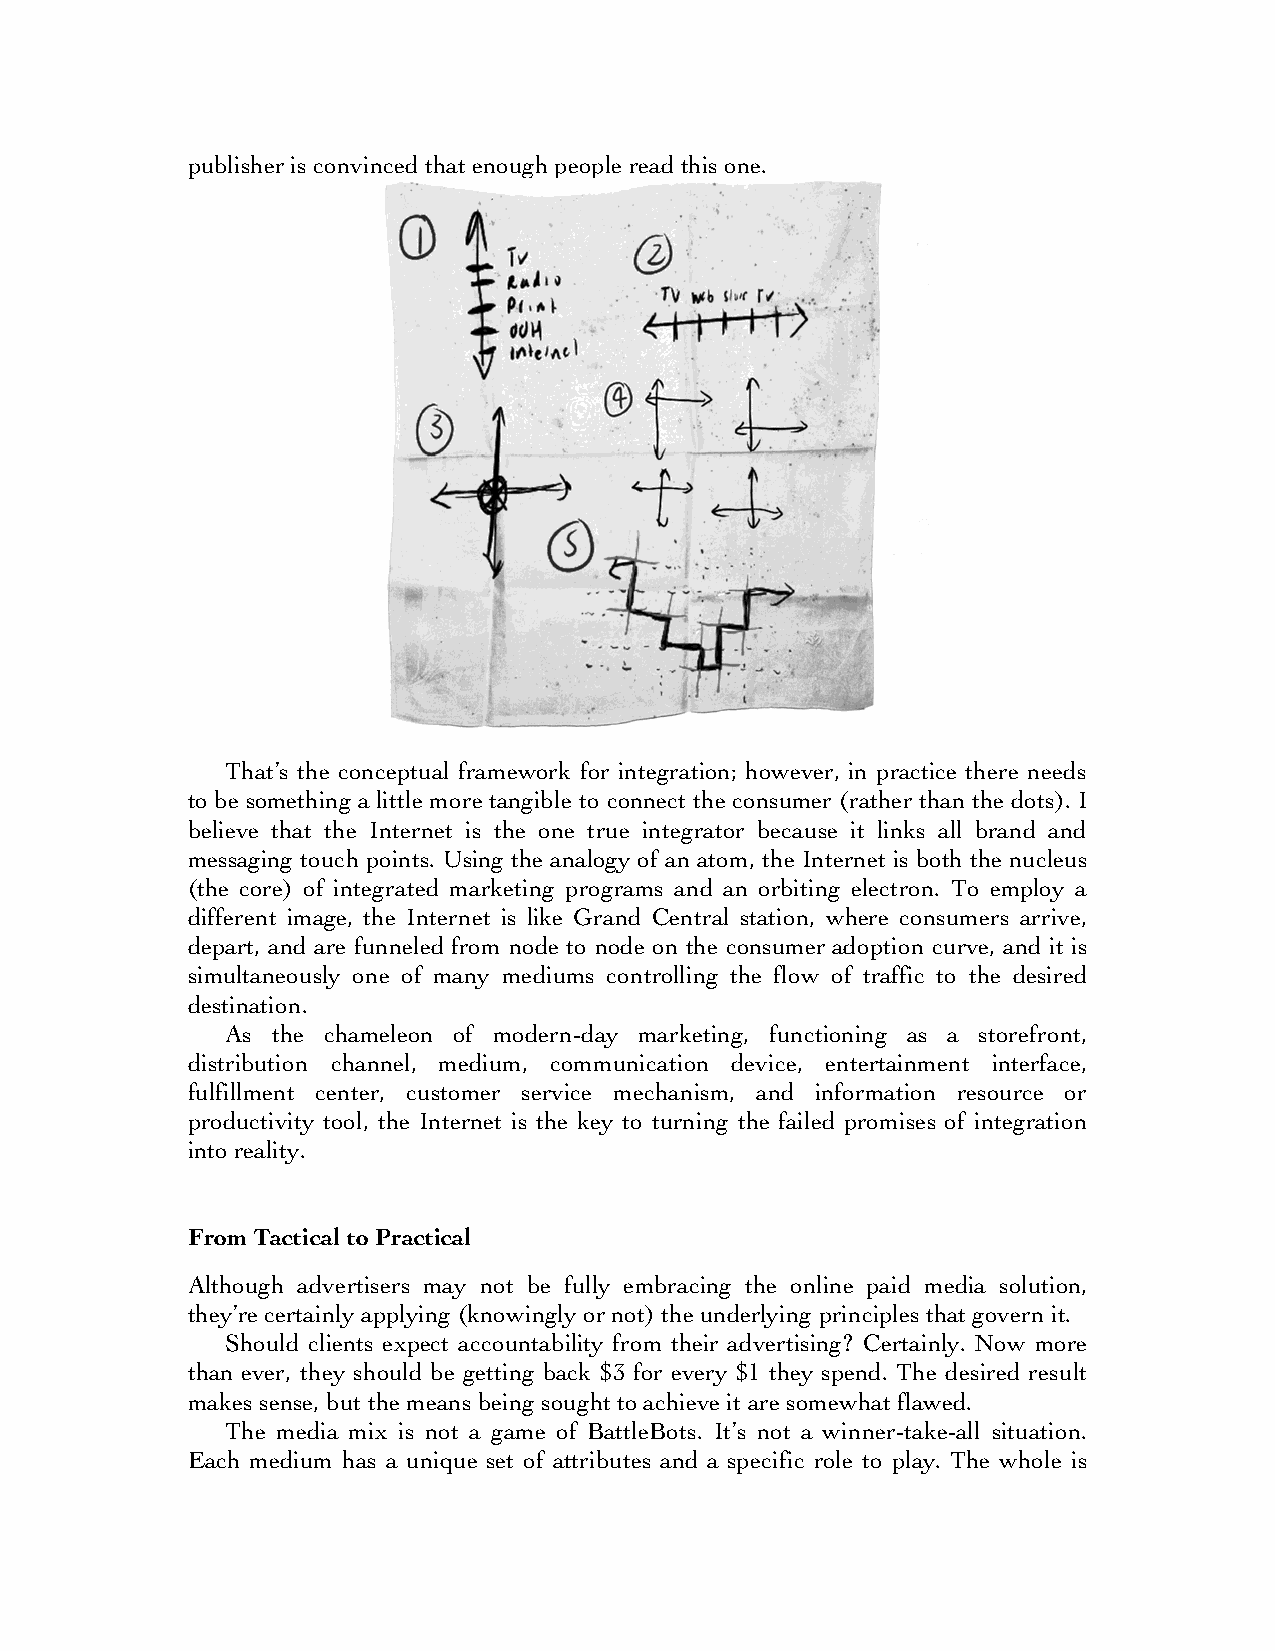
publisher is convinced that enough people read this one.
 That’s the conceptual framework for integration; however, in practice there needs
 to be something a little more tangible to connect the consumer (rather than the dots). I
 believe that the Internet is the one true integrator because it links all brand and
 messaging touch points. Using the analogy of an atom, the Internet is both the nucleus
 (the core) of integrated marketing programs and an orbiting electron. To employ a
 different image, the Internet is like Grand Central station, where consumers arrive,
 depart, and are funneled from node to node on the consumer adoption curve, and it is
 simultaneously one of many mediums controlling the flow of traffic to the desired
 destination.
 As the chameleon of modern-day marketing, functioning as a storefront,
 distribution channel, medium, communication device, entertainment interface,
 fulfillment center, customer service mechanism, and information resource or
 productivity tool, the Internet is the key to turning the failed promises of integration
 into reality.
 From Tactical to Practical
 Although advertisers may not be fully embracing the online paid media solution,
 they’re certainly applying (knowingly or not) the underlying principles that govern it.
 Should clients expect accountability from their advertising? Certainly. Now more
 than ever, they should be getting back $3 for every $1 they spend. The desired result
 makes sense, but the means being sought to achieve it are somewhat flawed.
 The media mix is not a game of BattleBots. It’s not a winner-take-all situation.
 Each medium has a unique set of attributes and a specific role to play. The whole is